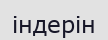
індерін